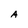
Character: A